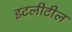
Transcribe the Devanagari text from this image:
इटलीटील